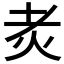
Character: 𤆯